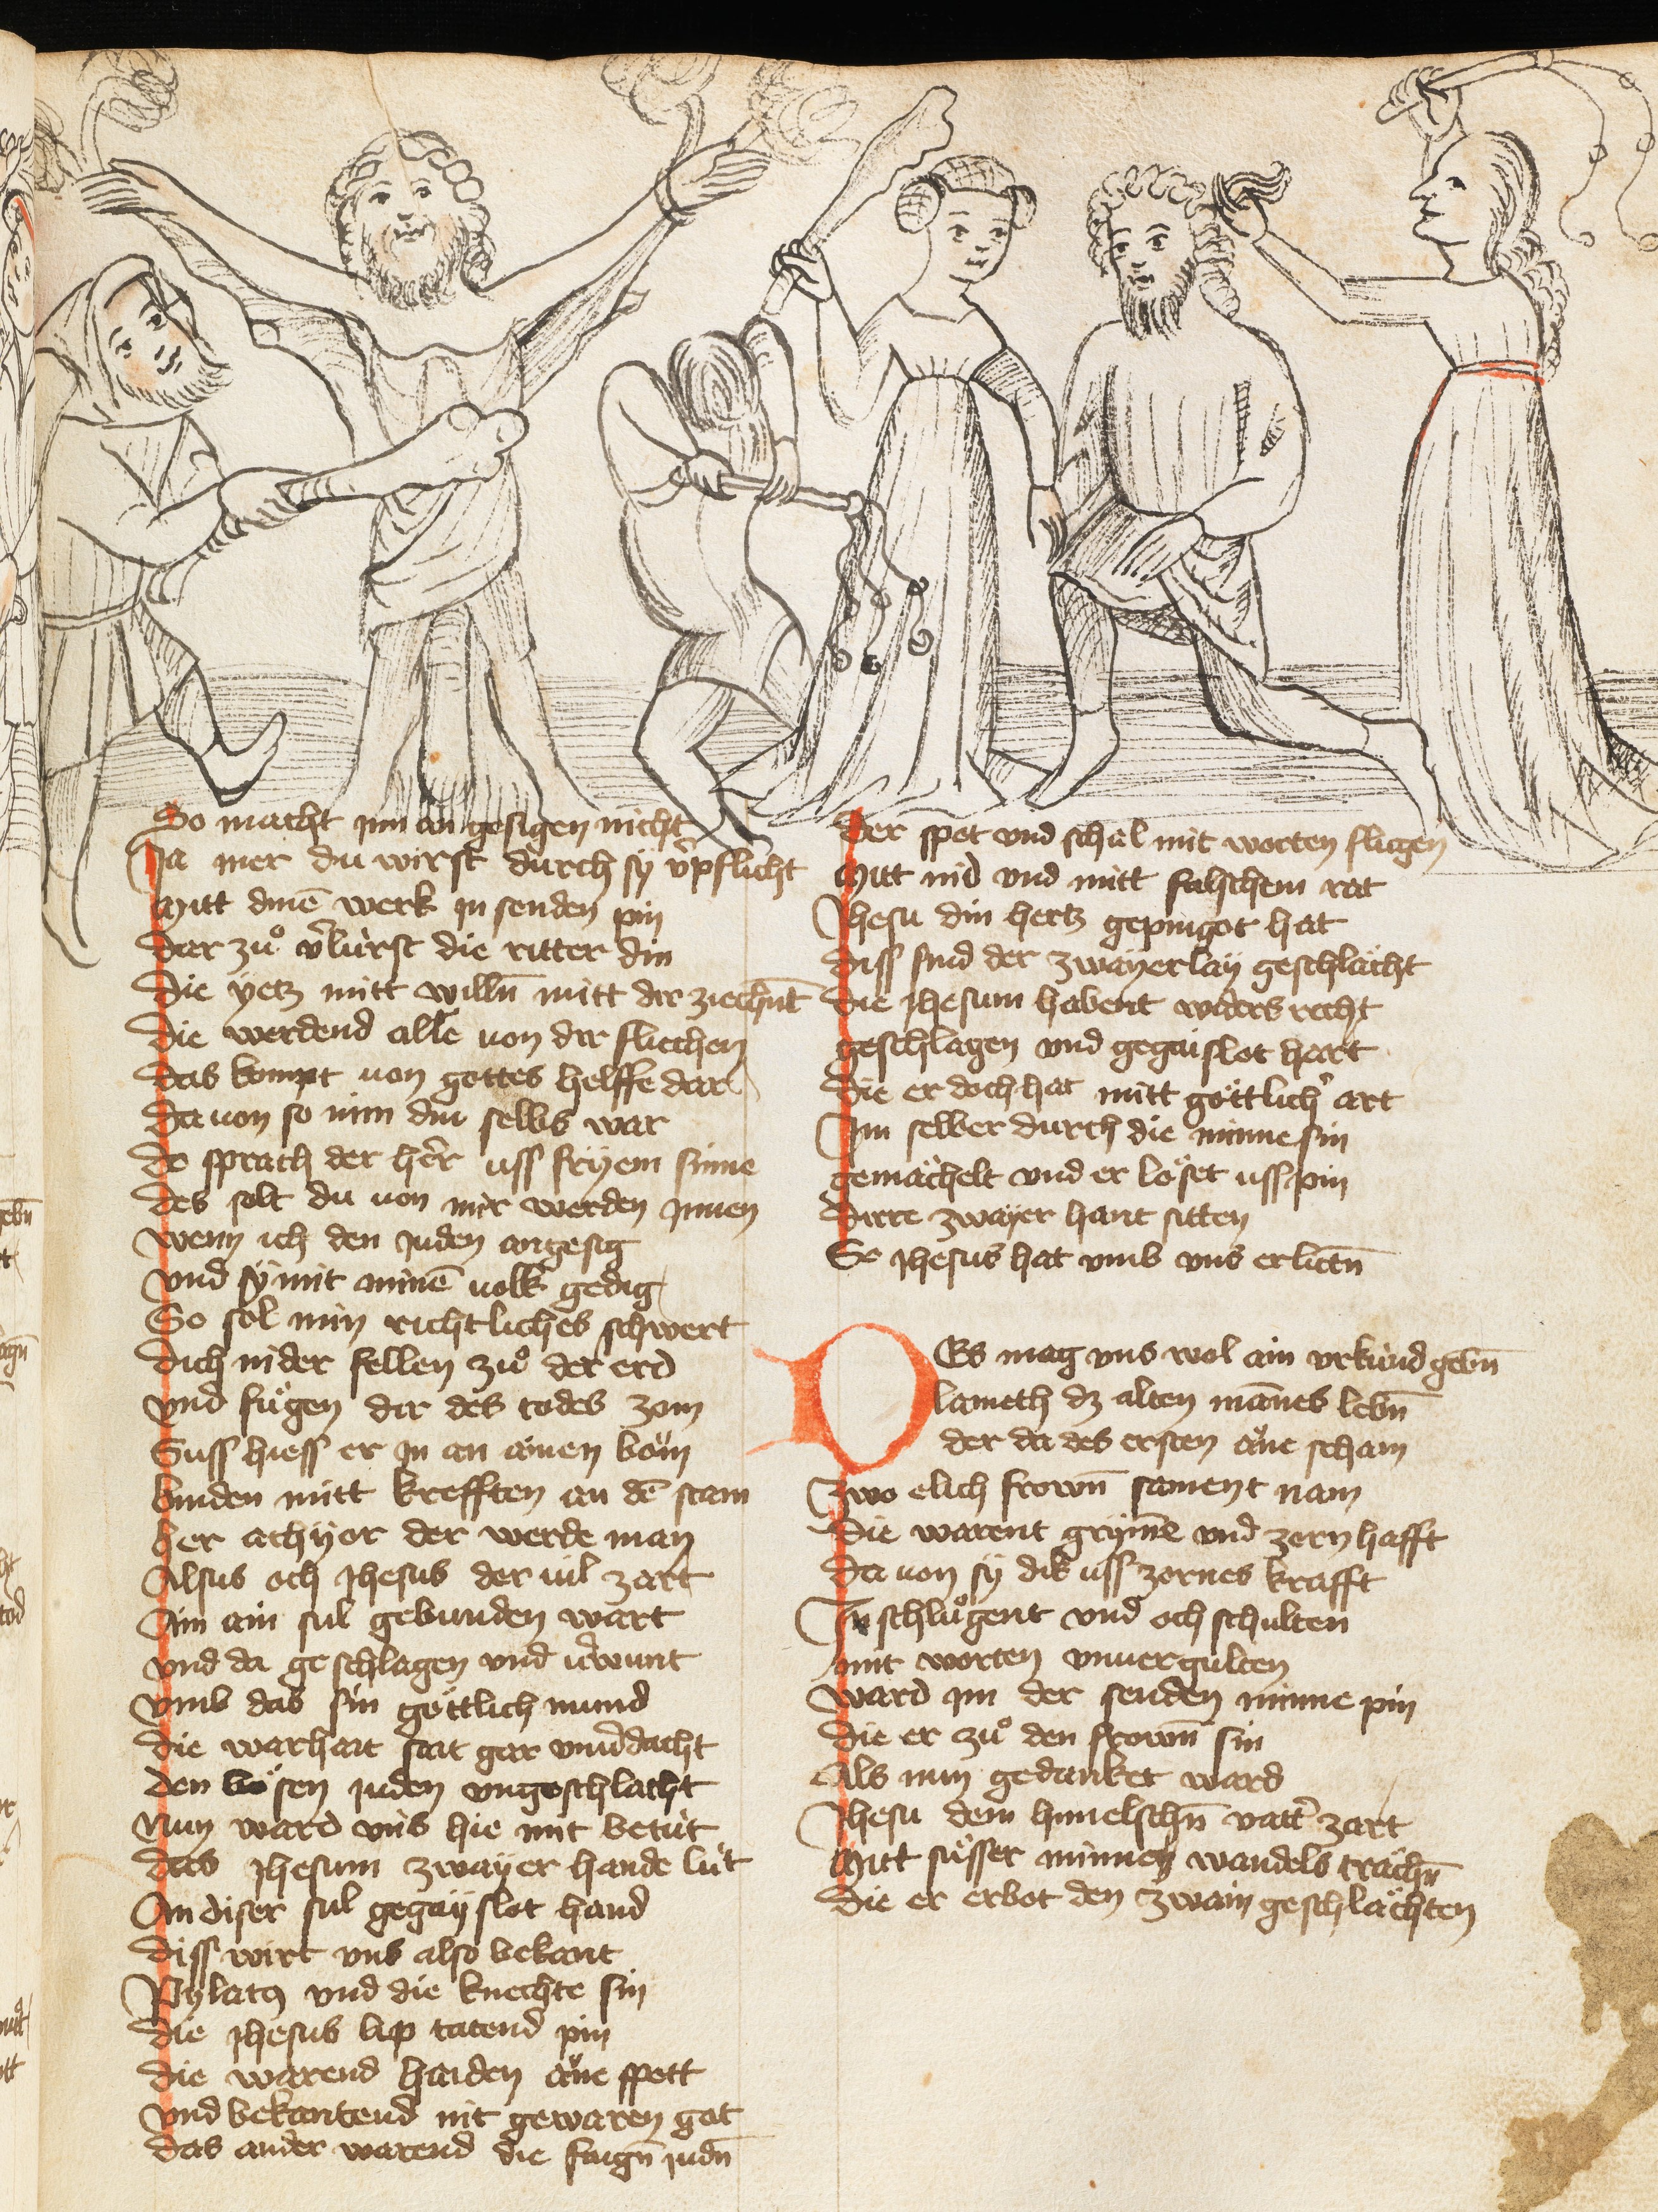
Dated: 1385–1415